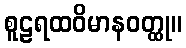
စူဠရထဝိမာနဝတ္ထု။